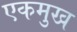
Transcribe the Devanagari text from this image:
एकमुख